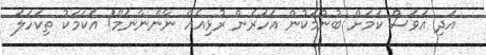
އަދި އަވަސް ކަމަށް ބުނުމަކުން އަހަރެން ރުޅިއެއް ނާންނާނަމޭ! އެކަމަކު ތިކަހަލަ